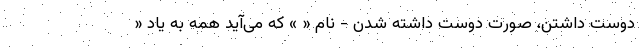
دوست داشتن، صورتِ دوست داشته ‌شدن - نام « » که می‌آید همه به یاد «